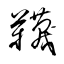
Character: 韈